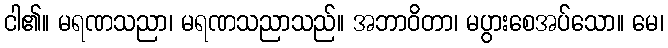
ငါ၏။ မရဏသညာ၊ မရဏသညာသည်။ အဘာဝိတာ၊ မပွားစေအပ်သော။ မေ၊